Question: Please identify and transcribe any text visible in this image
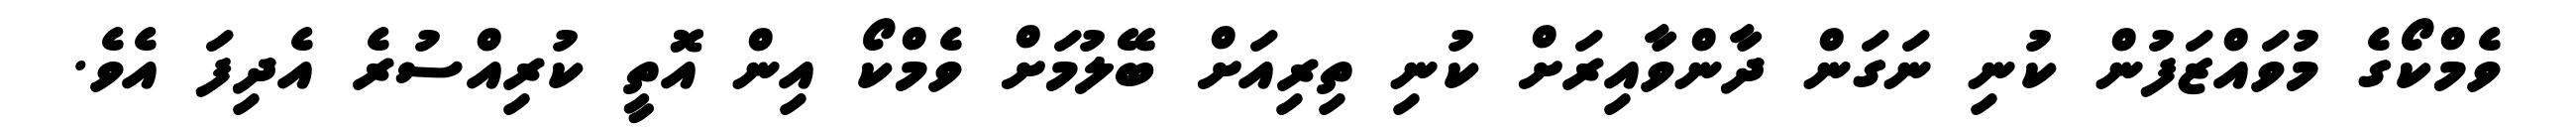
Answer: ވެމްކޯގެ މުވައްޒަފުން ކުނި ނަގަން ދާންވާއިރަށް ކުނި ތިރިއަށް ބޭލުމަށް ވެމްކޯ އިން އޮތީ ކުރިއްސުރެ އެދިފަ އެވެ.